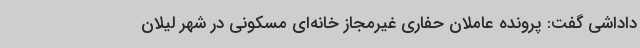
داداشی گفت: پرونده عاملان حفاری غیرمجاز خانه‌ای مسکونی در شهر لیلان